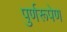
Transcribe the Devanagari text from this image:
पुर्णरूपेण